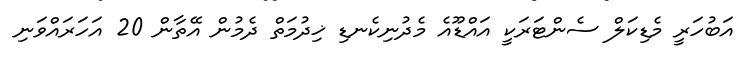
އަބުހަރީ މެޑިކަލް ސެންޓަރަކީ އައްޑޫއެ މެދުނިކެނޑި ޚިދުމަތް ދެމުން އޭތާން 20 އަހަރައްވަނި